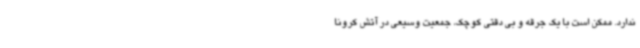
ندارد. ممکن است با یک جرقه و بی دقتی کوچک، جمعیت وسیعی در آتش کرونا